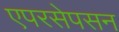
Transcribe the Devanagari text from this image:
एपरसेपसन